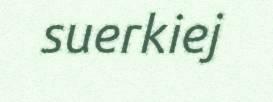
suerkiej